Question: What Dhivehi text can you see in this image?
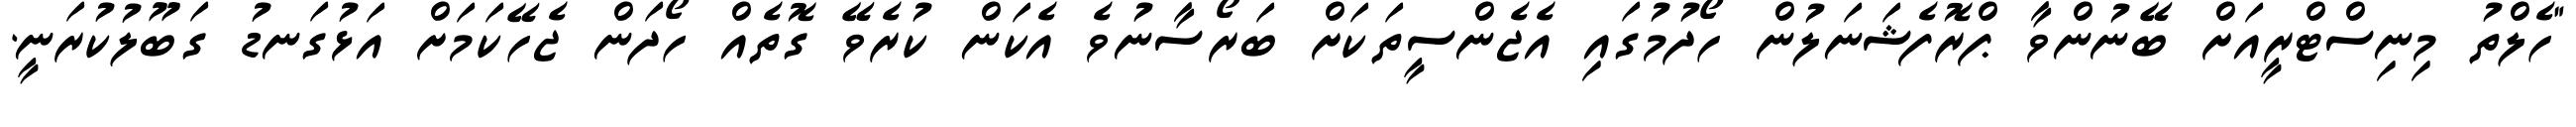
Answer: "ހެލްތު މިނިސްޓްރީއަށް ބޭނުންވާ ޕްރޮފެޝަނަލުން ހޯދުމުގައި އެޖެންސީތަކަށް ބަރޯސާނުވެ އެކަން ކުރެވޭ ގޮތެއް ހޯދަން ޖެހޭކަމަށް އަޅުގަނޑު ގަބޫލުކުރަނީ.